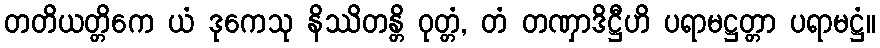
တတိယတ္တိကေ ယံ ဒုကေသု နိဿိတန္တိ ဝုတ္တံ, တံ တဏှာဒိဋ္ဌီဟိ ပရာမဋ္ဌတ္တာ ပရာမဋ္ဌံ။